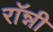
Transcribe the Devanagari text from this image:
राॅन्नी